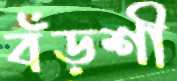
বঁড়শী